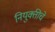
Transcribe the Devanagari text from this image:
नियुक्तीचे